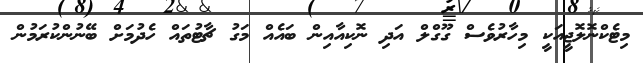
މިޓެކްނޮލޮޖީއަކީ މިހާރުވެސް ގޫގްލް އަދި ނޮކިއާއިން ބައެއް މަގު ޗާޓުތައް ހެދުމަށް ބޭނުންކުރަމުން